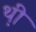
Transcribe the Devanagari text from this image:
थ़ी